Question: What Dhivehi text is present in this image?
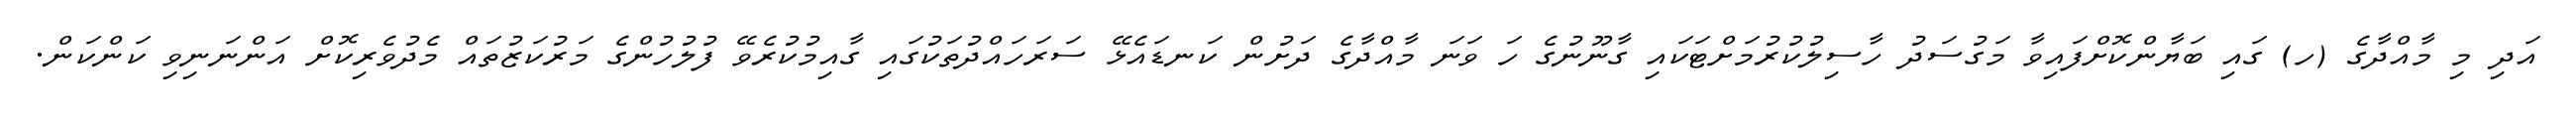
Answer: އަދި މި މާއްދާގެ (ހ) ގައި ބަޔާންކޮށްފައިވާ މަގުސަދު ހާސިލުކުރުމަށްޓަކައި ގާނޫނުގެ ހަ ވަނަ މާއްދާގެ ދަށުން ކަނޑައެޅޭ ސަރަހައްދުތަކުގައި ގާއިމުކުރެވޭ ފުލުހުންގެ މަރުކަޒުތައް މެދުވެރިކޮށް އަންނަނިވި ކަންކަން.